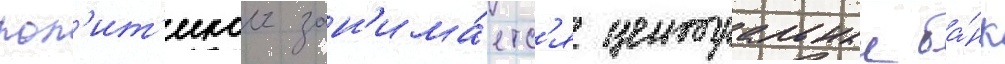
пол'ит'икои зан'има́етс'я центральныи ба́нк